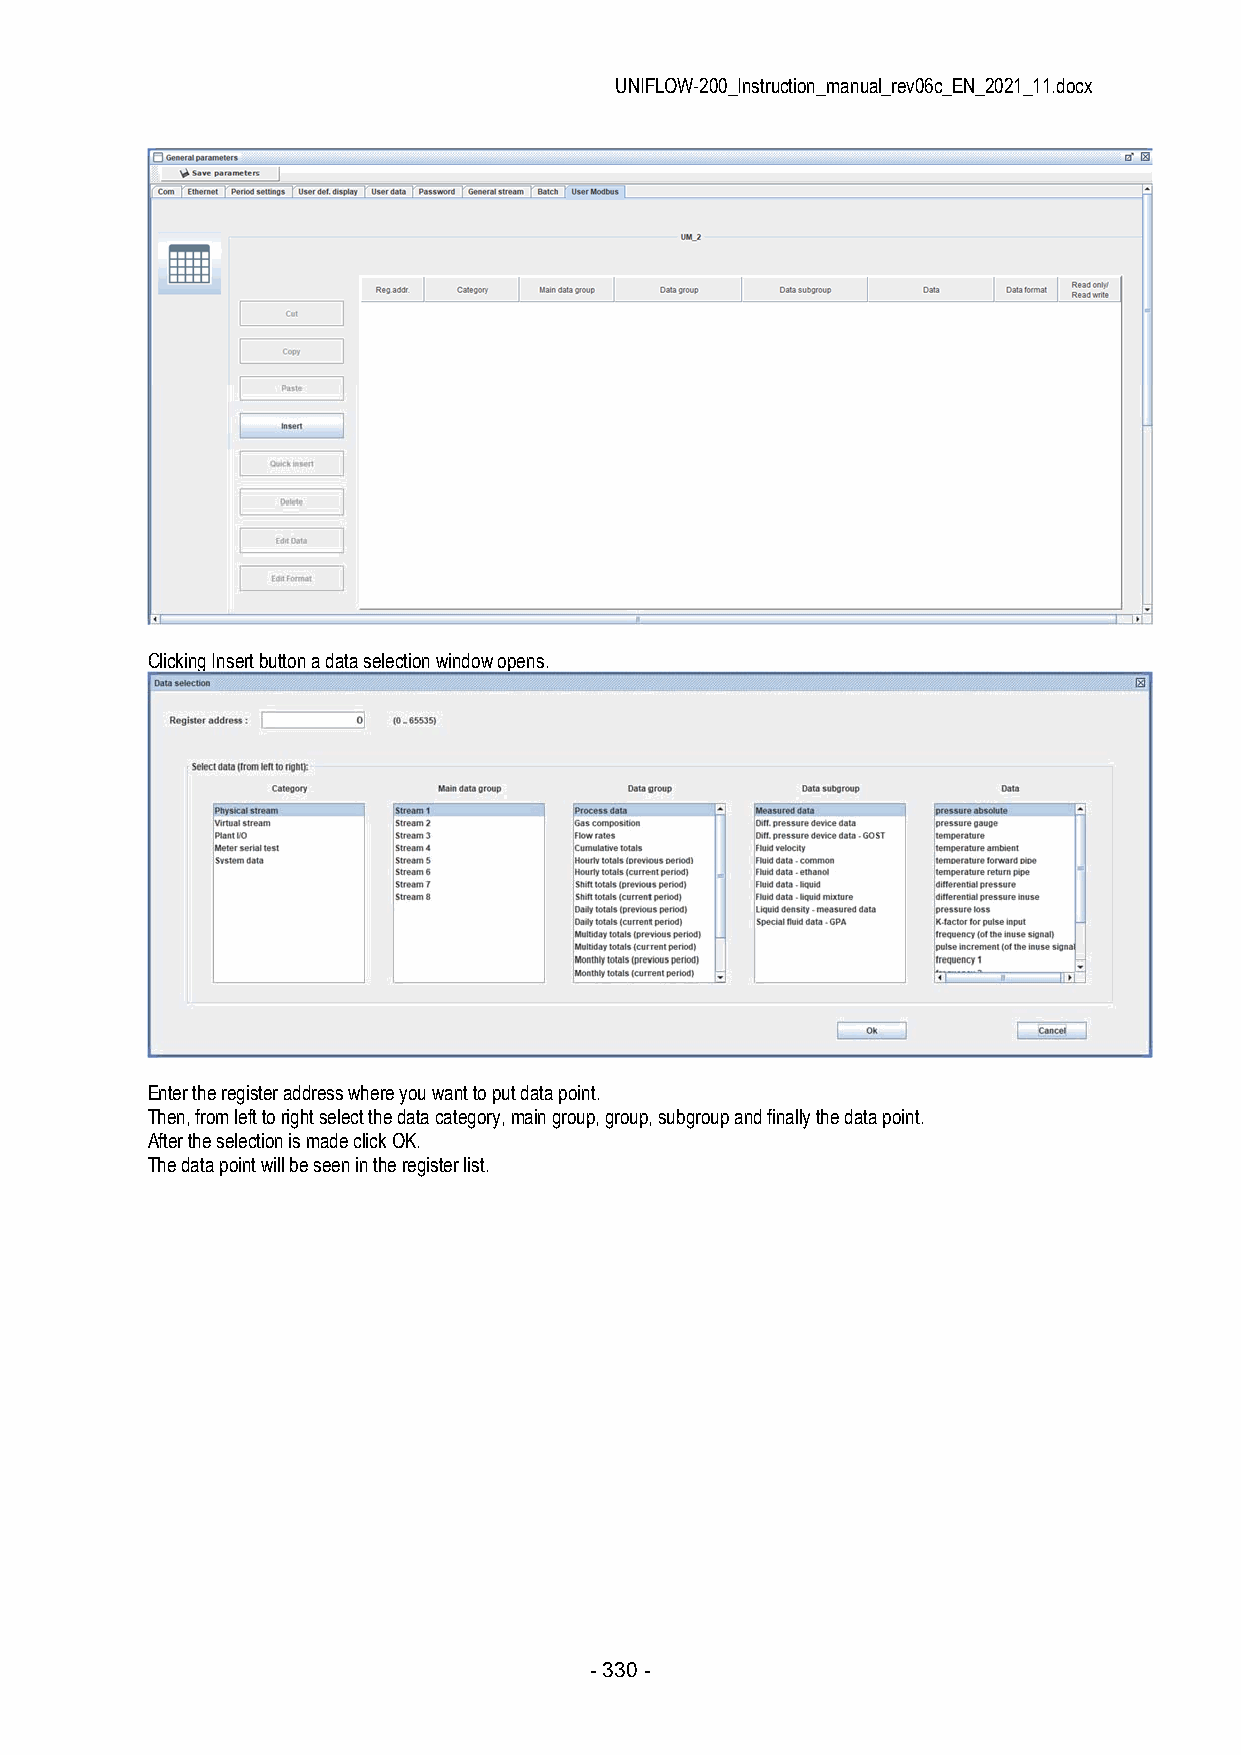
UNIFLOW-200_Instruction_manual_rev06c_EN_2021_11.docx
 Clicking Insert button a data selection window opens.
 Enter the register address where you want to put data point.
 Then, from left to right select the data category, main group, group, subgroup and finally the data point.
 After the selection is made click OK.
 The data point will be seen in the register list.
 - 330 -